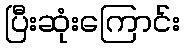
ပြီးဆုံးကြောင်း